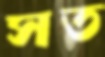
সত